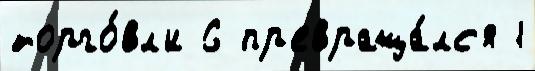
торго́вл'и 6 пр'евраща́лс'я 1